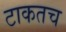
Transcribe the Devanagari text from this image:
टाकतच